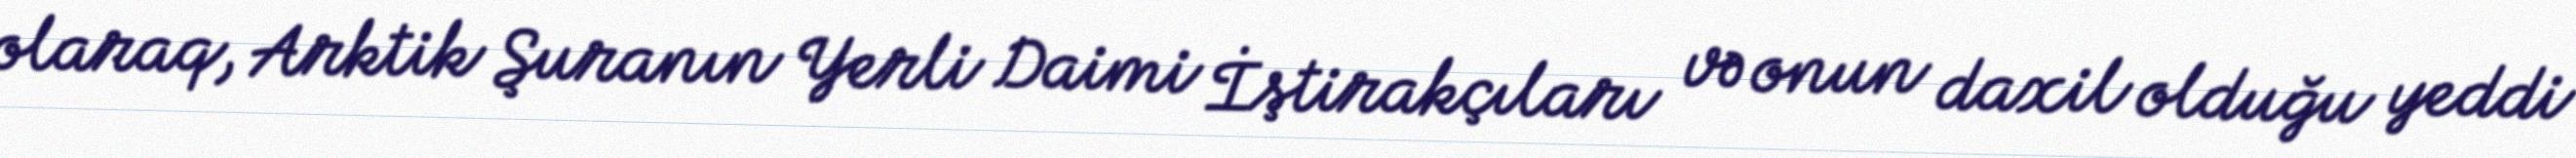
olaraq, Arktik Şuranın Yerli Daimi İştirakçıları və onun daxil olduğu yeddi